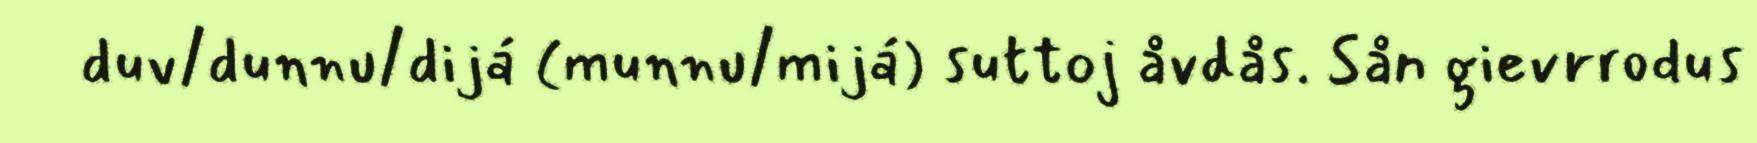
duv/dunnu/dijá (munnu/mijá) suttoj åvdås. Sån gievrrodus